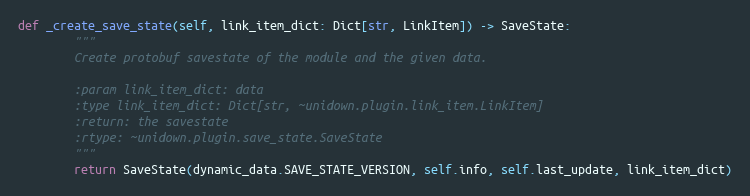
Language: Python
def _create_save_state(self, link_item_dict: Dict[str, LinkItem]) -> SaveState:
        """
        Create protobuf savestate of the module and the given data.

        :param link_item_dict: data
        :type link_item_dict: Dict[str, ~unidown.plugin.link_item.LinkItem]
        :return: the savestate
        :rtype: ~unidown.plugin.save_state.SaveState
        """
        return SaveState(dynamic_data.SAVE_STATE_VERSION, self.info, self.last_update, link_item_dict)